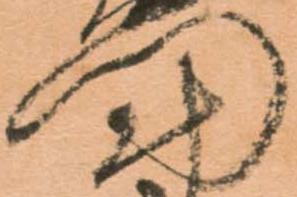
門